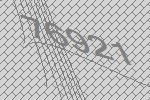
76921